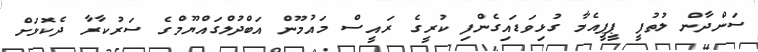
ސަންދާން ލުތުފީ ޕީޕީއެމާ ގުޅިވަޑައިގެންފި ކުރީގެ ރައީސް މައުމޫން އަބްދުލްގައްޔޫމްގެ ސަރުކާރާ ދެކޮޅަށް